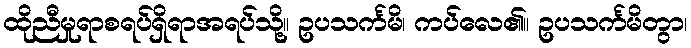
ထိုညီမှုရာစရပ်ရှိရာအရပ်သို့။ ဥပသင်္ကမိ၊ ကပ်လေ၏။ ဥပသင်္ကမိတွာ၊